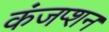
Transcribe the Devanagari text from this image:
कंजप्शन